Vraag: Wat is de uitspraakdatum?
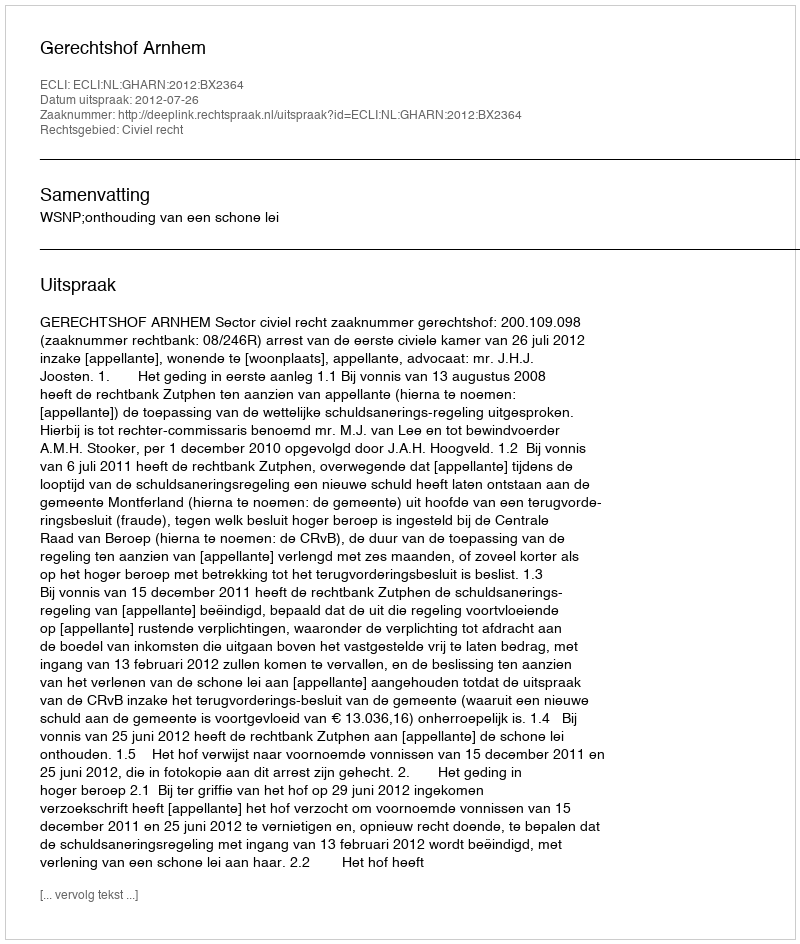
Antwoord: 2012-07-26